Language: tamil
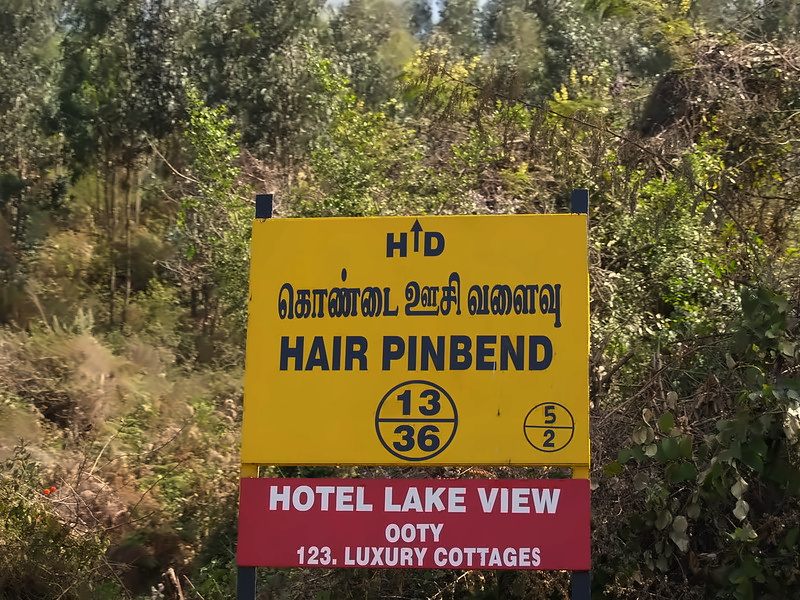
Transcription: கொண்டை ஊசி வளைவு